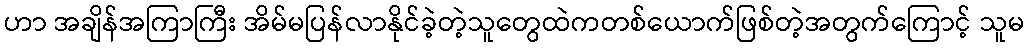
ဟာ အချိန်အကြာကြီး အိမ်မပြန်လာနိုင်ခဲ့တဲ့သူတွေထဲကတစ်ယောက်ဖြစ်တဲ့အတွက်ကြောင့် သူမ